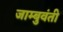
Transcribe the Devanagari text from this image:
जाम्बुवंती